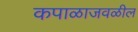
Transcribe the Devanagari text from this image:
कपाळाजवळील